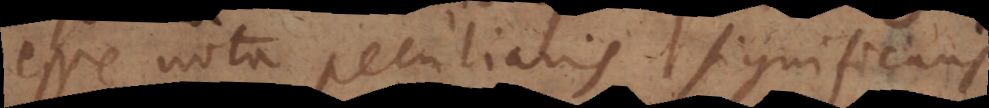
esse nota peculiaris significans